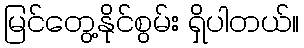
မြင်တွေ့နိုင်စွမ်း ရှိပါတယ်။